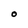
Character: O